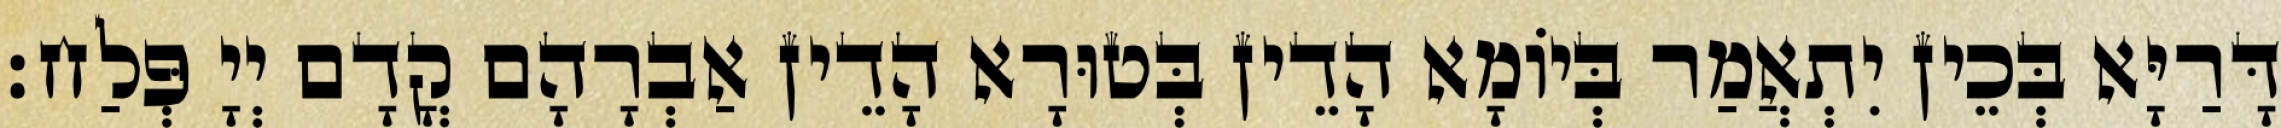
דָּרַיָּא בְּכֵין יִתְאֲמַר בְּיוֹמָא הָדֵין בְּטוּרָא הָדֵין אַבְרָהָם קֳדָם יְיָ פְּלַח׃